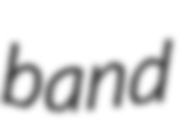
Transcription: band